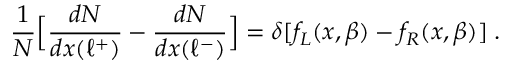
{ \frac { 1 } { N } } \Bigl [ { \frac { d N } { d x ( \ell ^ { + } ) } } - { \frac { d N } { d x ( \ell ^ { - } ) } } \Bigr ] = \delta [ f _ { L } ( x , \beta ) - f _ { R } ( x , \beta ) ] \; .